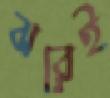
ঝরেই